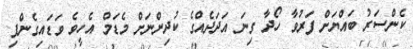
ކެންސަރު ބައްޔަށް ފަރުވާ ހޯދާ ގިނަ އަދަދެއްގެ ކުދިންނަށް މެޑަމް އެހީވެ ވަޑައިގެންފި